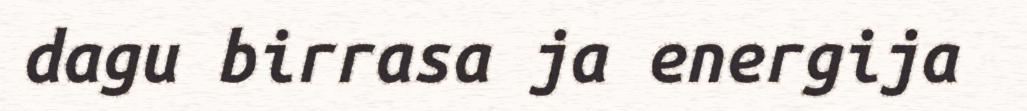
dagu birrasa ja energija